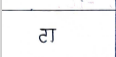
मजकूर: टा